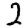
Digit: 2